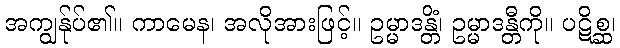
အကျွန်ုပ်၏။ ကာမေန၊ အလိုအားဖြင့်။ ဥမ္မာဒန္တိံ၊ ဥမ္မာဒန္တီကို။ ပဋိစ္ဆ၊